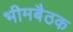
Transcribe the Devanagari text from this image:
भीमबैठक